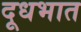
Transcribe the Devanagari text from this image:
दूधभात